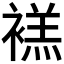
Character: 𫌉